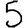
Digit: 5